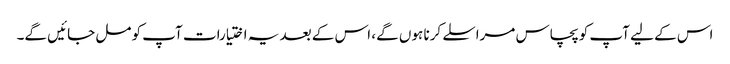
اس کے لیے آپ کو پچاس مراسلے کرنا ہوں گے، اس کے بعد یہ اختیارات آپ کو مل جائیں گے۔